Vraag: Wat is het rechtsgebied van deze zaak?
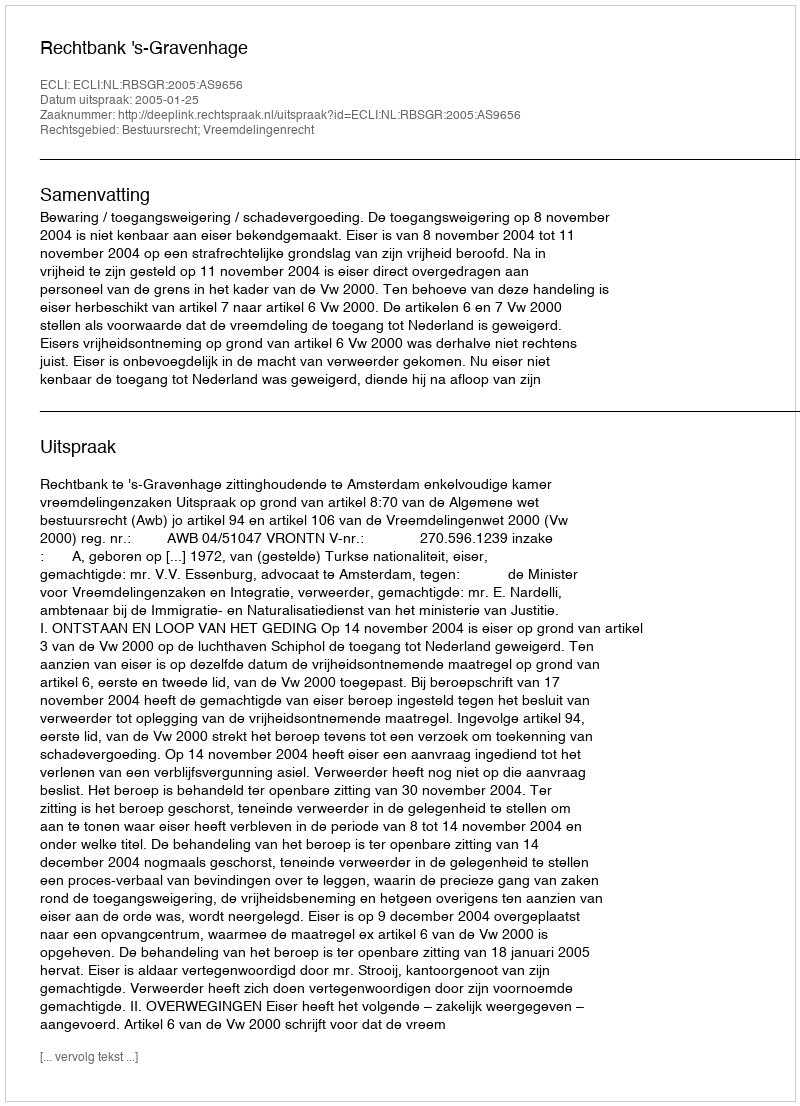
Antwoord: Bestuursrecht; Vreemdelingenrecht